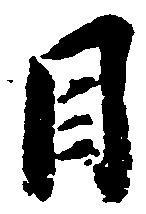
目